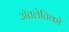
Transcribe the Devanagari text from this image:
ॲतलेतिको